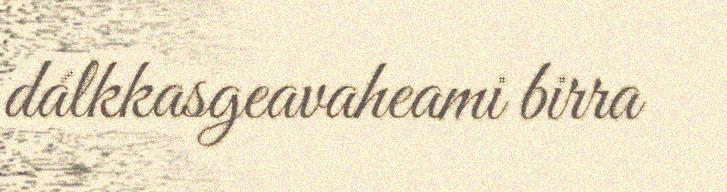
dálkkasgeavaheami birra